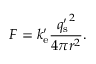
F = k _ { \mathrm { e } } ^ { \prime } { \frac { { q _ { \mathrm { s } } ^ { \prime } } ^ { 2 } } { 4 \pi r ^ { 2 } } } .